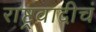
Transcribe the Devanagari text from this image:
राष्ट्रवादीचं